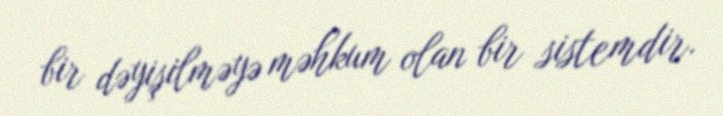
bir dəyişilməyə məhkum olan bir sistemdir.